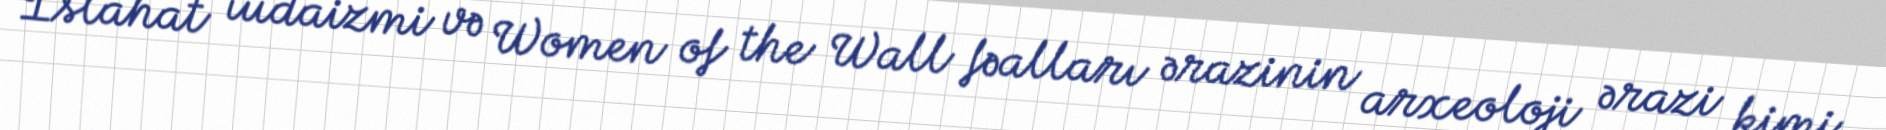
İslahat iudaizmi və Women of the Wall fəalları ərazinin arxeoloji ərazi kimi